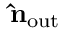
\mathbf { \hat { n } } _ { \mathrm { o u t } }